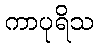
ကာပုရိသ